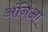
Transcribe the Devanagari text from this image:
अंनिआ